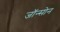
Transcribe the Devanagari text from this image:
जॉन्सोन